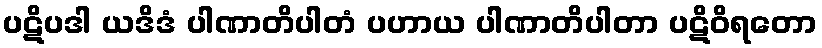
ပဋိပဒါ ယဒိဒံ ပါဏာတိပါတံ ပဟာယ ပါဏာတိပါတာ ပဋိဝိရတော